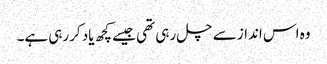
وہ اس انداز سے چل رہی تھی جیسے کچھ یاد کررہی ہے۔